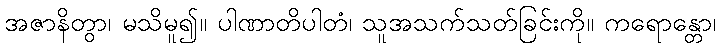
အဇာနိတွာ၊ မသိမူ၍။ ပါဏာတိပါတံ၊ သူအသက်သတ်ခြင်းကို။ ကရောန္တော၊